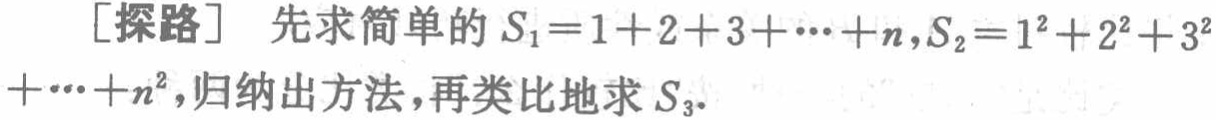
[探路] 先求简单的 \(S_{1}=1 + 2 + 3+\cdots + n,S_{2}=1^{2}+2^{2}+3^{2}+\cdots + n^{2}\)，归纳出方法，再类比地求 \(S_{3}\)。